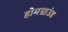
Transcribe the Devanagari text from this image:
होमग्राउंड